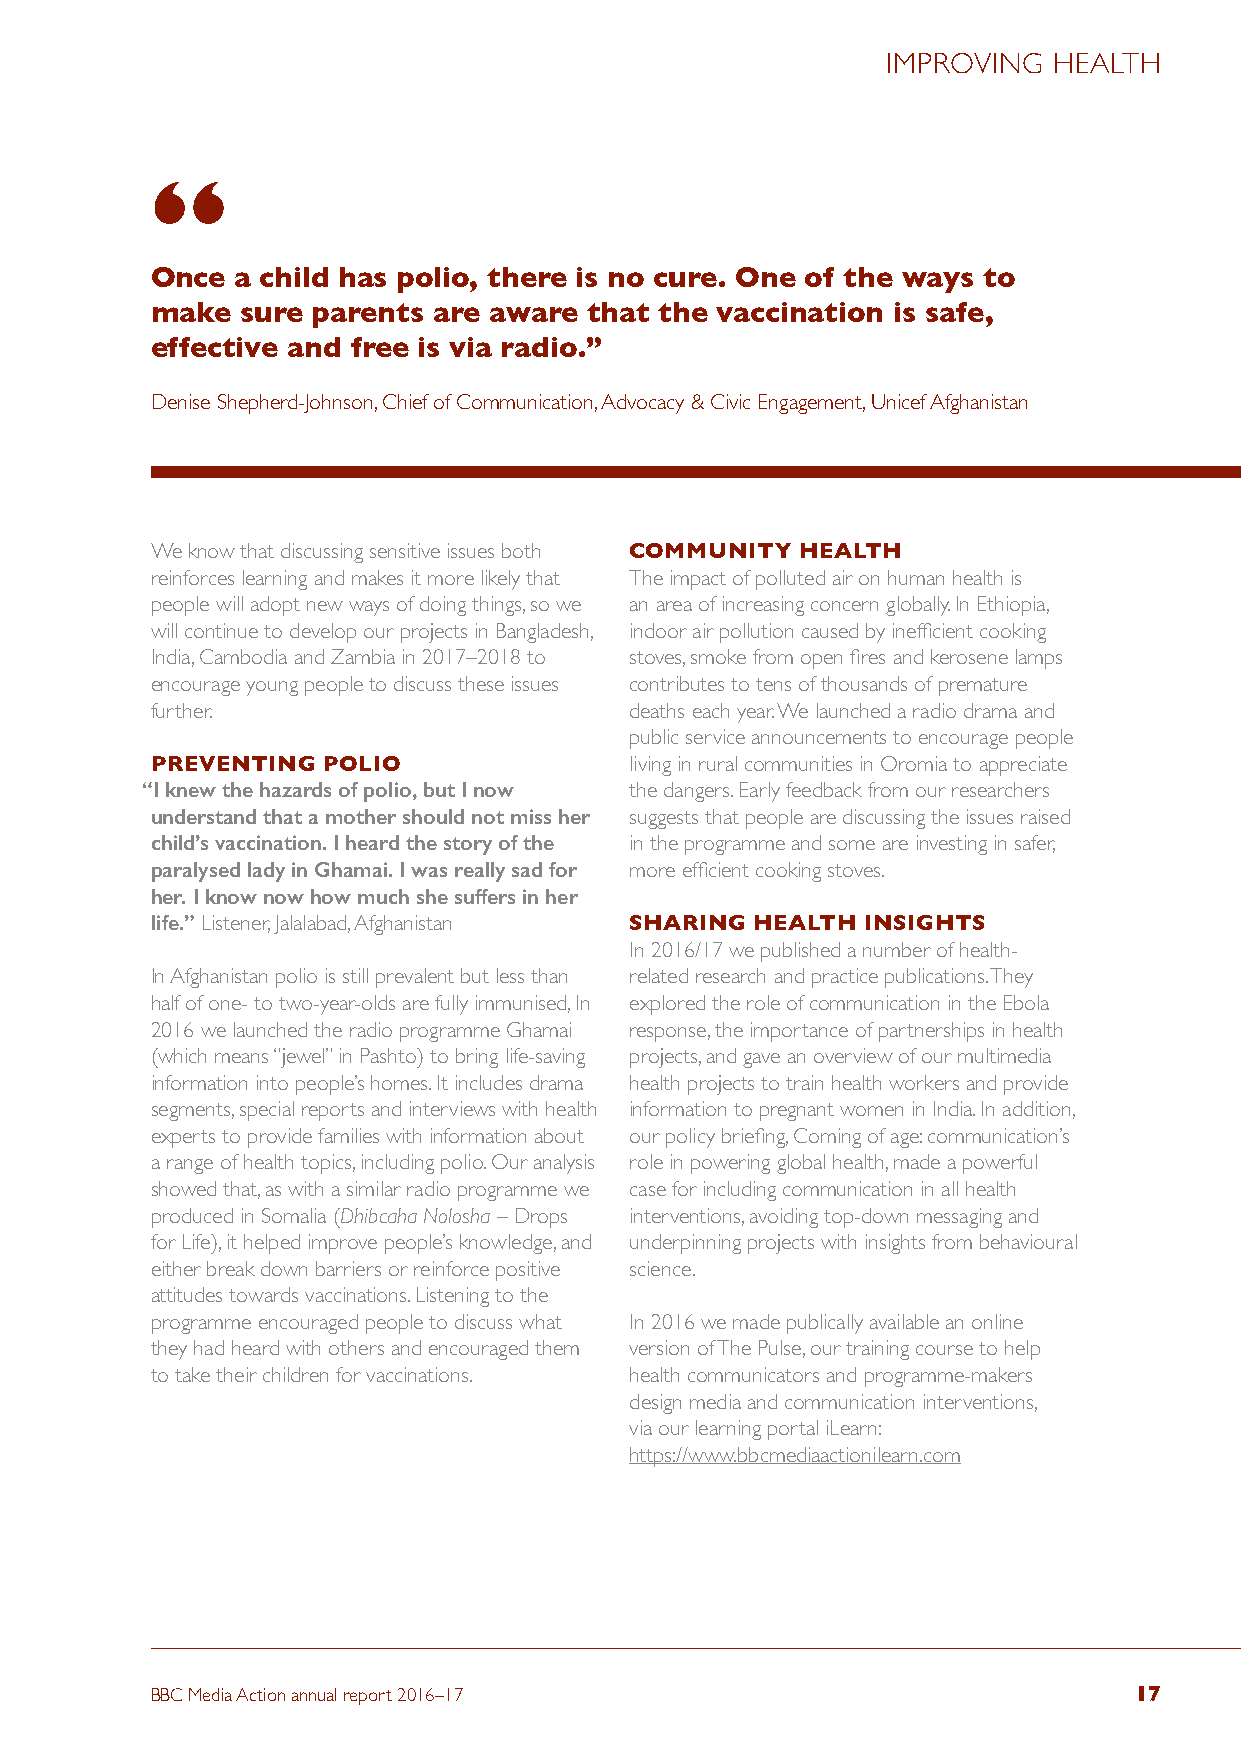
IMPROVING  HEALTH
 “
 Once  a child has polio, there is no cure. One of the ways to
 make  sure parents are aware that the vaccination is safe,
 effective and free is via radio.”
 Denise Shepherd-Johnson, Chief of Communication, Advocacy & Civic Engagement, Unicef Afghanistan
 We know that discussing sensitive issues both COMMUNITY HEALTH
 reinforces learning and makes it more likely that The impact of polluted air on human health is
 people will adopt new ways of doing things, so we an area of increasing concern globally. In Ethiopia,
 will continue to develop our projects in Bangladesh, indoor air pollution caused by inefficient cooking
 India, Cambodia and Zambia in 2017–2018 to stoves, smoke from open fires and kerosene lamps
 encourage young people to discuss these issues contributes to tens of thousands of premature
 further.                        deaths each year. We launched a radio drama and
 public service announcements to encourage people
 PREVENTING POLIO                living in rural communities in Oromia to appreciate
 “ I knew the hazards of polio, but I now the dangers. Early feedback from our researchers
 understand that a mother should not miss her suggests that people are discussing the issues raised
 child’s vaccination. I heard the story of the in the programme and some are investing in safer,
 paralysed lady in Ghamai. I was really sad for more efficient cooking stoves.
 her. I know now how much she suffers in her
 life.” Listener, Jalalabad, Afghanistan SHARING HEALTH INSIGHTS
 In 2016/17 we published a number of health-
 In Afghanistan polio is still prevalent but less than related research and practice publications. They
 half of one- to two-year-olds are fully immunised, In explored the role of communication in the Ebola
 2016 we launched the radio programme Ghamai response, the importance of partnerships in health
 (which means “jewel” in Pashto) to bring life-saving projects, and gave an overview of our multimedia
 information into people’s homes. It includes drama health projects to train health workers and provide
 segments, special reports and interviews with health information to pregnant women in India. In addition,
 experts to provide families with information about our policy briefing, Coming of age: communication’s
 a range of health topics, including polio. Our analysis role in powering global health, made a powerful
 showed that, as with a similar radio programme we case for including communication in all health
 produced in Somalia (Dhibcaha Nolosha – Drops interventions, avoiding top-down messaging and
 for Life), it helped improve people’s knowledge, and underpinning projects with insights from behavioural
 either break down barriers or reinforce positive science.
 attitudes towards vaccinations. Listening to the
 programme encouraged people to discuss what In 2016 we made publically available an online
 they had heard with others and encouraged them version of The Pulse, our training course to help
 to take their children for vaccinations. health communicators and programme-makers
 design media and communication interventions,
 via our learning portal iLearn:
 https://www.bbcmediaactionilearn.com
 BBC Media Action annual report 2016–17                           17